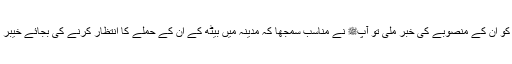
اب جو رسول اللہ ﷺ کو ان کے منصوبے کی خبر ملی تو آپﷺ نے مناسب سمجھا کہ مدینہ میں بیٹھ کے ان کے حملے کا انتظار کرنے کی بجائے خیبر پر ہلا بول دیا جائے۔